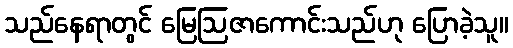
သည်နေရာတွင် မြေဩဇာကောင်းသည်ဟု ပြောခဲ့သူ။